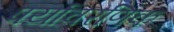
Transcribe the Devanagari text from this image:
पर्यावरणिक